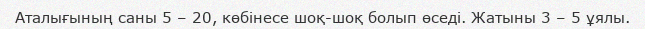
Аталығының саны 5 – 20, көбінесе шоқ-шоқ болып өседі. Жатыны 3 – 5 ұялы.